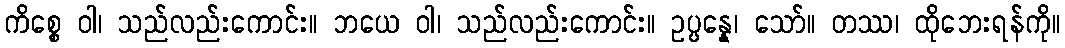
ကိစ္စေ ဝါ၊ သည်လည်းကောင်း။ ဘယေ ဝါ၊ သည်လည်းကောင်း။ ဥပ္ပန္နေ၊ သော်။ တဿ၊ ထိုဘေးရန်ကို။